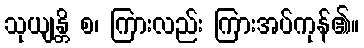
သုယျန္တိ စ၊ ကြားလည်း ကြားအပ်ကုန်၏။